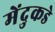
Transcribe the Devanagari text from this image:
मेंदुकडे